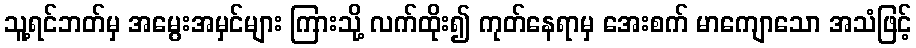
သူ့ရင်ဘတ်မှ အမွေးအမှင်များ ကြားသို့ လက်ထိုး၍ ကုတ်နေရာမှ အေးစက် မာကျောသော အသံဖြင့်